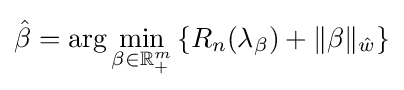
{\hat {\beta }}=\arg \min _{\beta \in \mathbb {R} _{+}^{m}}\left\{R_{n}(\lambda _{\beta })+\|\beta \|_{\hat {w}}\right\}